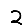
Digit: 2